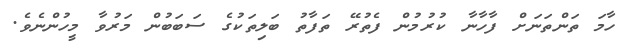
ހާމަ ތަންތަނަށް ފާހާނާ ކުރުމުން ފެތުރޭ ތަފާތު ބަލިތަކުގެ ސަބަބުން މަރުވާ މީހުންނެވެ.